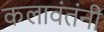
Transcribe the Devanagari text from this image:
कलावंतंनी